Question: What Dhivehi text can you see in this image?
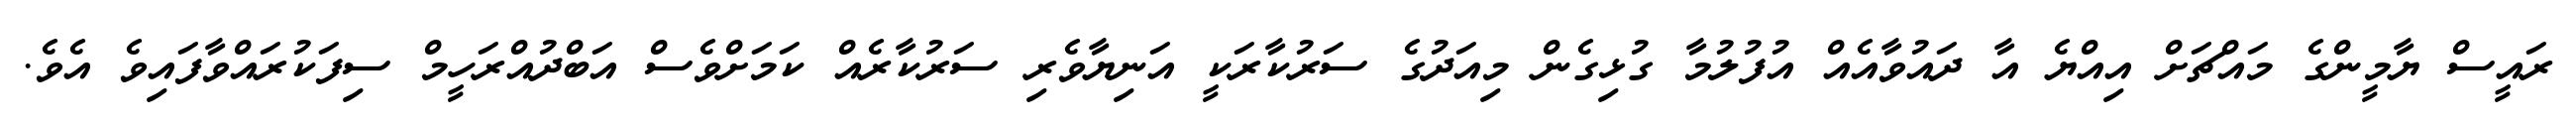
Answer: ރައީސް ޔާމީންގެ މައްޗަށް އިއްޔެ އާ ދައުވާއެއް އުފުލުމާ ގުޅިގެން މިއަދުގެ ސަރުކާރަކީ އަނިޔާވެރި ސަރުކާރެއް ކަމަށްވެސް އަބްދުއްރަހީމް ސިފަކުރައްވާފައިވެ އެވެ.